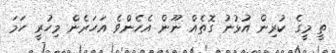
ތީ މީގެ ކުރިން އުޅުނު ގޮތެއް ނޫން އެހެންވެ އަހަރެން މިހުރީ ހަމަ